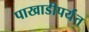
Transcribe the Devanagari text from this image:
पाखाडीपर्यंत